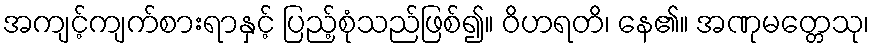
အကျင့်ကျက်စားရာနှင့် ပြည့်စုံသည်ဖြစ်၍။ ဝိဟရတိ၊ နေ၏။ အဏုမတ္တေသု၊